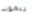
ريموند